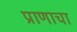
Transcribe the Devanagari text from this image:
प्राणाचा